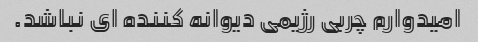
امیدوارم چربی رژیمی دیوانه کننده ای نباشد.